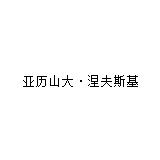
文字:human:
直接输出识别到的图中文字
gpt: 亚历山大·涅夫斯基